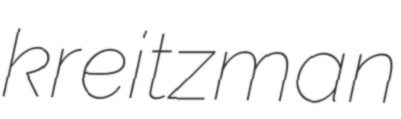
kreitzman